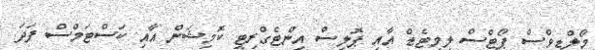
މޯލްޑިވްސް ޕޯޓްސް ލިމިޓެޑް އާއި ޕޮލިސް އިންޓެގްރިޓީ ކޮމިޝަން އާއި ކަސްޓަމްސް ފަދަ